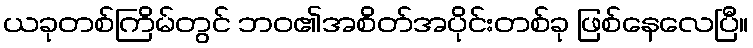
ယခုတစ်ကြိမ်တွင် ဘဝ၏အစိတ်အပိုင်းတစ်ခု ဖြစ်နေလေပြီ။